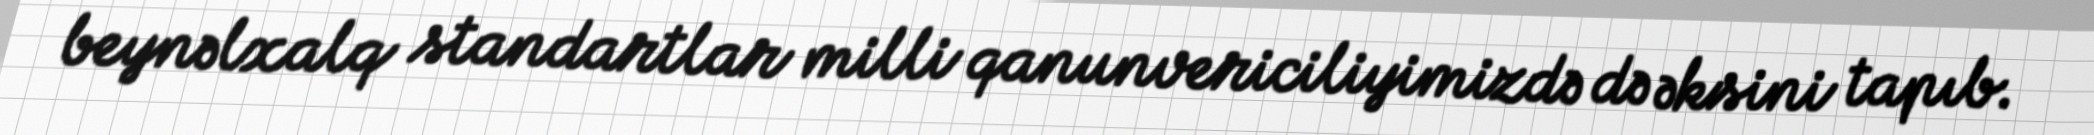
beynəlxalq standartlar milli qanunvericiliyimizdə də əksini tapıb.